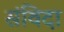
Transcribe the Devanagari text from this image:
संविदा